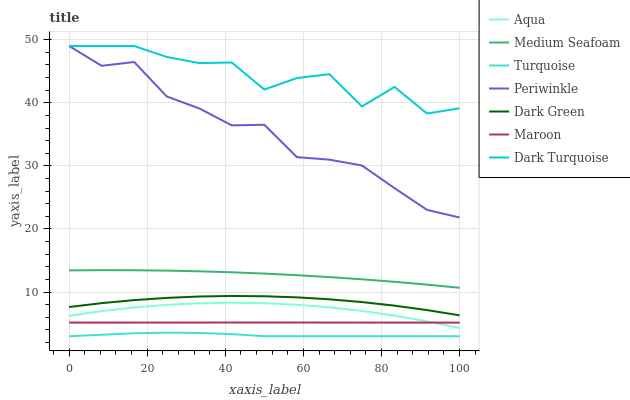
| xaxis_label | Aqua | Medium Seafoam | Turquoise | Periwinkle | Dark Green | Maroon | Dark Turquoise |
 | --- | --- | --- | --- | --- | --- | --- | --- |
 | 0 | 6.24 | 13.4 | 3 | 49 | 7.63 | 5.16 | 49 |
 | 8.33 | 6.98 | 13.5 | 3.24 | 45.9 | 8.25 | 5.17 | 49 |
 | 16.7 | 7.56 | 13.5 | 3.48 | 46.5 | 8.73 | 5.17 | 49 |
 | 25 | 7.98 | 13.4 | 3.57 | 41 | 9.08 | 5.17 | 47.3 |
 | 33.3 | 8.23 | 13.3 | 3.53 | 39.1 | 9.3 | 5.17 | 46.3 |
 | 41.7 | 8.31 | 13.1 | 3.34 | 36.4 | 9.38 | 5.17 | 46.4 |
 | 50 | 8.23 | 12.9 | 3.01 | 36.5 | 9.34 | 5.17 | 42.1 |
 | 58.3 | 7.99 | 12.7 | 3 | 31.4 | 9.16 | 5.17 | 43.9 |
 | 66.7 | 7.58 | 12.4 | 3 | 31 | 8.86 | 5.17 | 44.5 |
 | 75 | 7.01 | 12 | 3 | 30.1 | 8.42 | 5.17 | 39.4 |
 | 83.3 | 6.27 | 11.6 | 3 | 26.5 | 7.85 | 5.17 | 42.5 |
 | 91.7 | 5.36 | 11.2 | 3 | 23 | 7.15 | 5.16 | 38.3 |
 | 100 | 4.3 | 10.7 | 3 | 21.8 | 6.32 | 5.16 | 39.1 |